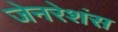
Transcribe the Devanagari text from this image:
जेनरेशंस